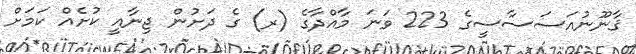
ޤާނޫނުއަސަސާސީގެ 223 ވަނަ މާއްދާގެ (ރ) ގެ ދަށުން ޖިނާއީ ކުށެއް ކަމަށް